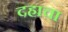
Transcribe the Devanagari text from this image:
दहाचा